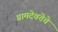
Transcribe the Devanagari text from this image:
ग्रामदेवतेचे